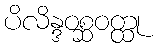
ပိလိန္ဒဝစ္ဆဝတ္ထု